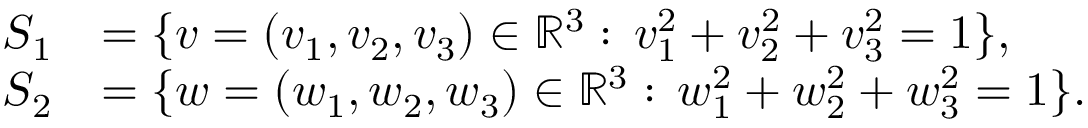
\begin{array} { r l } { S _ { 1 } } & { = \{ v = ( v _ { 1 } , v _ { 2 } , v _ { 3 } ) \in \mathbb { R } ^ { 3 } : \, v _ { 1 } ^ { 2 } + v _ { 2 } ^ { 2 } + v _ { 3 } ^ { 2 } = 1 \} , } \\ { \quad S _ { 2 } } & { = \{ w = ( w _ { 1 } , w _ { 2 } , w _ { 3 } ) \in \mathbb { R } ^ { 3 } : \, w _ { 1 } ^ { 2 } + w _ { 2 } ^ { 2 } + w _ { 3 } ^ { 2 } = 1 \} . } \end{array}